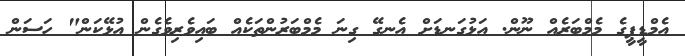
އެމްޑީޕީގެ މެމްބަރެއް ނޫން. އަޅުގަނޑަށް އެނގޭ ގިނަ މެމްބަރުންތަކެއް ބައިވެރިވެގެން އުޅޭކަން" ހަސަން